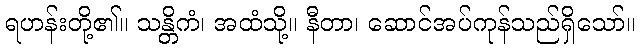
ရဟန်းတို့၏။ သန္တိကံ၊ အထံသို့။ နီတာ၊ ဆောင်အပ်ကုန်သည်ရှိသော်။